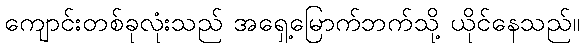
ကျောင်းတစ်ခုလုံးသည် အရှေ့မြောက်ဘက်သို့ ယိုင်နေသည်။